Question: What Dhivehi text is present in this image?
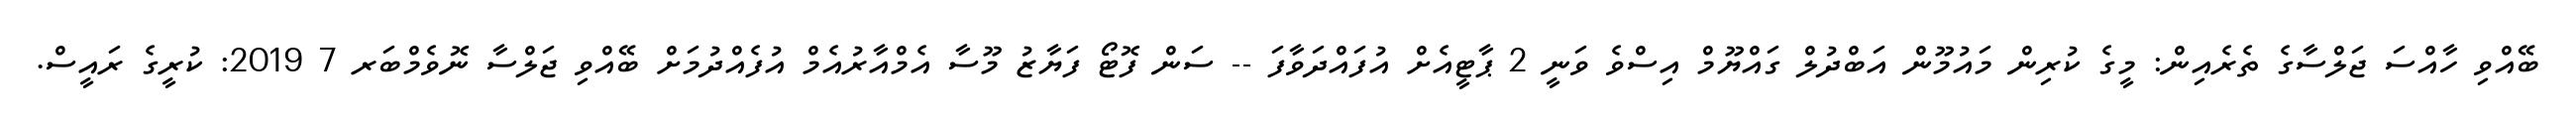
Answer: ބޭއްވި ހާއްސަ ޖަލްސާގެ ތެރެއިން: މީގެ ކުރިން މައުމޫން އަބްދުލް ގައްޔޫމް އިސްވެ ވަނީ 2 ޕާޓީއެށް އުފައްދަވާފަ -- ސަން ފޮޓޯ ފަޔާޒު މޫސާ އެމްއާރުއެމް އުފެއްދުމަށް ބޭއްވި ޖަލްސާ ނޮވެމްބަރ 7 2019: ކުރީގެ ރައީސް.